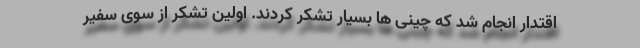
اقتدار انجام شد که چینی ها بسیار تشکر کردند. اولین تشکر از سوی سفیر